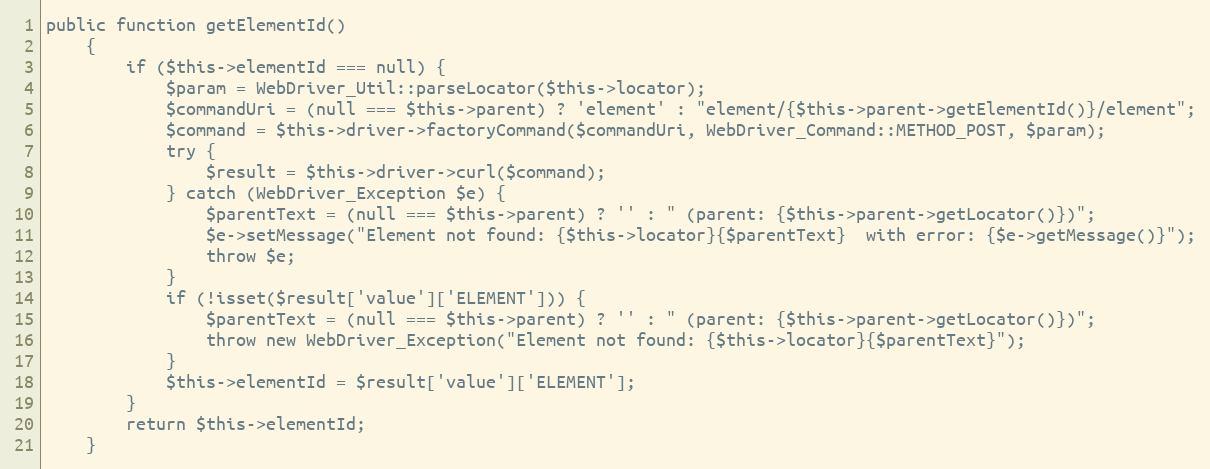
Language: PHP
public function getElementId()
    {
        if ($this->elementId === null) {
            $param = WebDriver_Util::parseLocator($this->locator);
            $commandUri = (null === $this->parent) ? 'element' : "element/{$this->parent->getElementId()}/element";
            $command = $this->driver->factoryCommand($commandUri, WebDriver_Command::METHOD_POST, $param);
            try {
                $result = $this->driver->curl($command);
            } catch (WebDriver_Exception $e) {
                $parentText = (null === $this->parent) ? '' : " (parent: {$this->parent->getLocator()})";
                $e->setMessage("Element not found: {$this->locator}{$parentText}  with error: {$e->getMessage()}");
                throw $e;
            }
            if (!isset($result['value']['ELEMENT'])) {
                $parentText = (null === $this->parent) ? '' : " (parent: {$this->parent->getLocator()})";
                throw new WebDriver_Exception("Element not found: {$this->locator}{$parentText}");
            }
            $this->elementId = $result['value']['ELEMENT'];
        }
        return $this->elementId;
    }